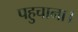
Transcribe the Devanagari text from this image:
पहुचाना।